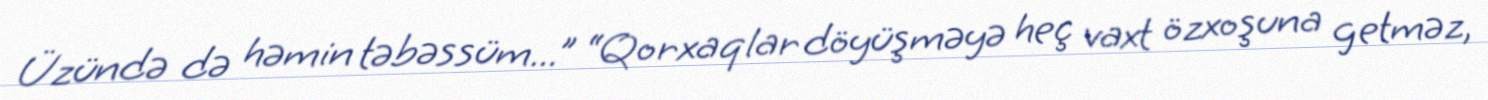
Üzündə də həmin təbəssüm...” “Qorxaqlar döyüşməyə heç vaxt özxoşuna getməz,